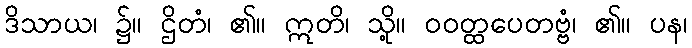
ဒိသာယ၊ ၌။ ဌိတံ၊ ၏။ ဣတိ၊ သို့။ ဝဝတ္ထပေတဗ္ဗံ၊ ၏။ ပန၊